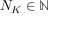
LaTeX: N _ { K } \in \mathbb { N }